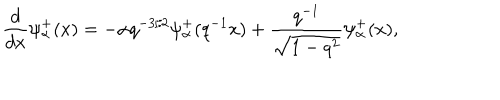
\frac { d } { d x } \psi _ { \alpha } ^ { + } ( x ) = - \alpha q ^ { - 3 / 2 } \psi _ { \alpha } ^ { + } ( q ^ { - 1 } x ) + \frac { q ^ { - 1 } } { \sqrt { 1 - q ^ { 2 } } } \psi _ { \alpha } ^ { + } ( x ) ,